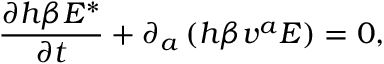
\displaystyle \frac { \partial h \beta { \cal E } ^ { * } } { \partial t } + \partial _ { a } \left( h \beta v ^ { a } { \cal E } \right) = 0 ,